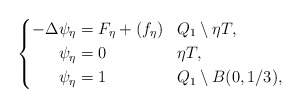
\begin{align*}\left\{\aligned-\Delta \psi_\eta & = F_\eta +(f_\eta) & & Q_1 \setminus \eta T,\\\psi_\eta & =0 & & \eta T,\\\psi_\eta & =1 & & Q_1\setminus B(0, 1/3),\endaligned\right.\end{align*}